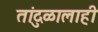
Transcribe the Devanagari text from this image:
तांदुळालाही